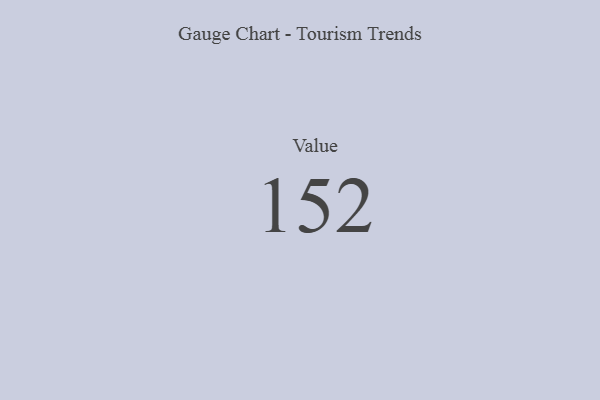
{"axis": {"x": "Metric", "y": "Value"}, "legend": [""], "data": [{"x": "Value", "y": 152, "type": ""}]}